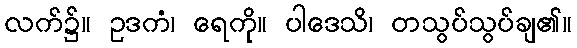
လက်၌။ ဥဒကံ၊ ရေကို။ ပါဒေသိ၊ တသွပ်သွပ်ချ၏။